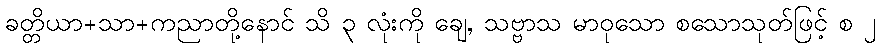
ခတ္တိယာ+သာ+ကညာတို့နောင် သိ ၃ လုံးကို ချေ, သဗ္ဗာသ မာဝုသော စသောသုတ်ဖြင့် စ ၂